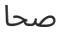
صحا